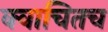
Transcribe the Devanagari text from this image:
क्वाचितच